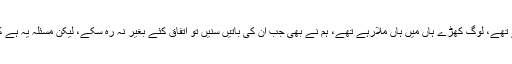
ایک صاحب جمہوریت کو منہ بھربھر کر سنارہے تھے، لوگ کھڑے ہاں میں ہاں ملارہے تھے، ہم نے بھی جب ان کی باتیں سنیں تو اتفاق کئے بغیر نہ رہ سکے، لیکن مسئلہ یہ ہے کہ یہ ساری باتیں جمہوریت کے خلاف سازش ہیں۔